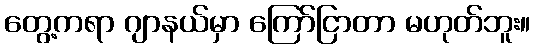
တွေ့ကရာ ဂျာနယ်မှာ ကြော်ငြာတာ မဟုတ်ဘူး။